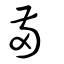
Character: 㒼